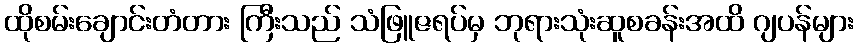
ထိုစမ်းချောင်းတံတား ကြီးသည် သံဖြူဇရပ်မှ ဘုရားသုံးဆူစခန်းအထိ ဂျပန်များ